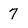
Character: 7